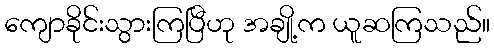
ကျောခိုင်းသွားကြပြီဟု အချို့က ယူဆကြသည်။